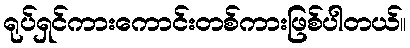
ရုပ်ရှင်ကားကောင်းတစ်ကားဖြစ်ပါတယ်။